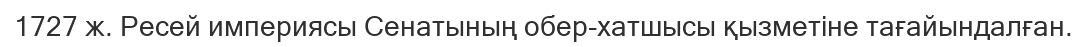
1727 ж. Ресей империясы Сенатының обер-хатшысы қызметіне тағайындалған.